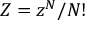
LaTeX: Z = z ^ { N } / N !